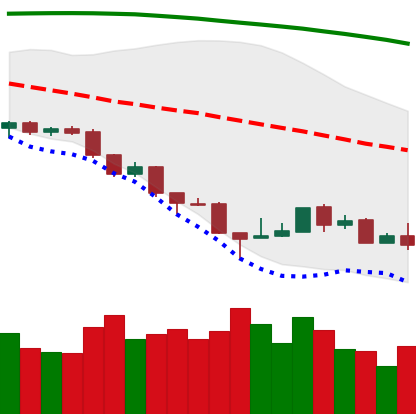
Ticker: ETH-USD
Chart end date: 2018-08-22
Forward return: 5.256%
Label: up_5_7